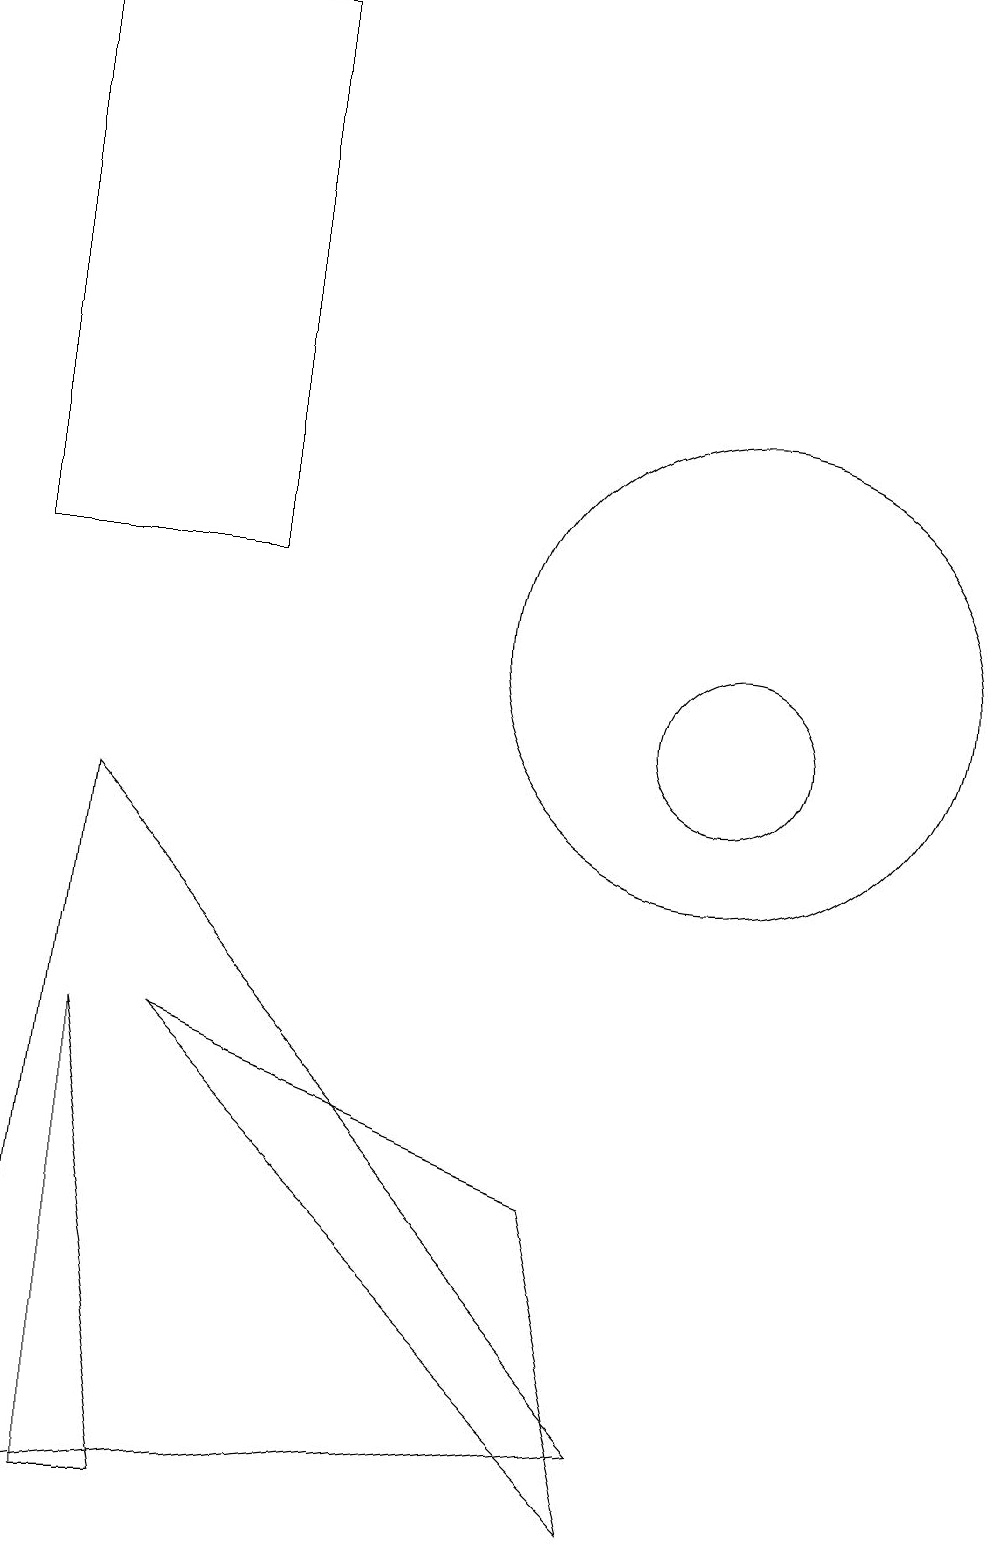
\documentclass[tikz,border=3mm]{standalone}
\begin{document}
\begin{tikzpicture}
\draw (3,6) -- (9,0) -- (8,4) -- cycle;
\draw (10,11) circle (3);
\draw (2,6) -- (3,0) -- (2,0) -- cycle;
\draw (1,19) rectangle (4,12);
\draw (1,0) -- (2,9) -- (9,1) -- cycle;
\draw (10,10) circle (1);
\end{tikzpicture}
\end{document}